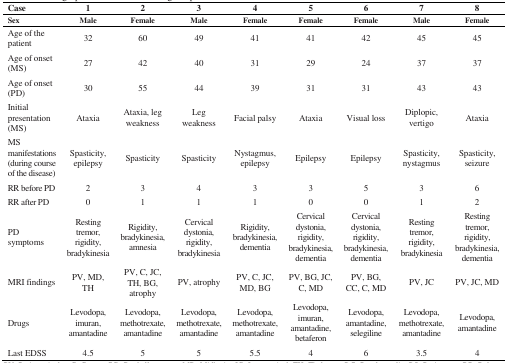
| Case | 1 | 2 | 3 | 4 | 5 | 6 | 7 | 8 |
 | Sex | Male | Female | Male | Female | Female | Female | Male | Female |
 | --- | --- | --- | --- | --- | --- | --- | --- | --- |
 | Age of the patient | 32 | 60 | 49 | 41 | 41 | 42 | 45 | 45 |
 | Age of onset (MS) | 27 | 42 | 40 | 31 | 29 | 24 | 37 | 37 |
 | Age of onset (PD) | 30 | 55 | 44 | 39 | 31 | 31 | 43 | 43 |
 | Initial presentation (MS) | Ataxia | Ataxia, leg weakness | Leg weakness | Facial palsy | Ataxia | Visual loss | Diplopic, vertigo | Ataxia |
 | MS manifestations (during course of the disease) | Spasticity, epilepsy | Spasticity | Spasticity | Nystagmus, epilepsy | Epilepsy | Epilepsy | Spasticity, nystagmus | Spasticity, seizure |
 | RR before PD | 2 | 3 | 4 | 3 | 3 | 5 | 3 | 6 |
 | RR after PD | 0 | 1 | 1 | 1 | 0 | 0 | 1 | 2 |
 | PD symptoms | Resting tremor, rigidity, bradykinesia | Rigidity, bradykinesia, amnesia | Cervical dystonia, rigidity, bradykinesia | Rigidity, bradykinesia, dementia | Cervical dystonia, rigidity, bradykinesia, dementia | Cervical dystonia, rigidity, bradykinesia, dementia | Resting tremor, rigidity, bradykinesia | Resting tremor, rigidity, bradykinesia, dementia |
 | MRI findings | PV, MD, TH | PV, C, JC, TH, BG, atrophy | PV, atrophy | PV, C, JC, MD, BG | PV, BG, JC, C, MD | PV, BG, CC, C, MD | PV, JC | PV, JC, MD |
 | Drugs | Levodopa, imuran, amantadine | Levodopa, methotrexate, amantadine | Levodopa, methotrexate, amantadine | Levodopa, methotrexate, amantadine | Levodopa, imuran, amantadine, betaferon | Levodopa, amantadine, selegiline | Levodopa, methotrexate, amantadine | Levodopa, amantadine |
 | Last EDSS | 4.5 | 5 | 5 | 5.5 | 4 | 6 | 3.5 | 4 |